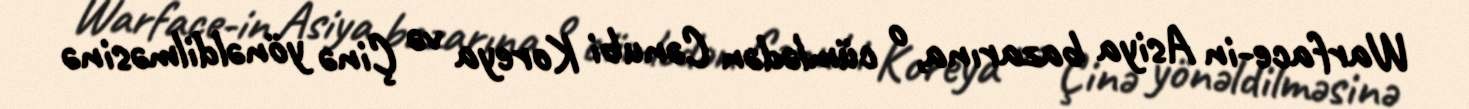
Warface-in Asiya bazarına, o cümlədən Cənubi Koreya və Çinə yönəldilməsinə